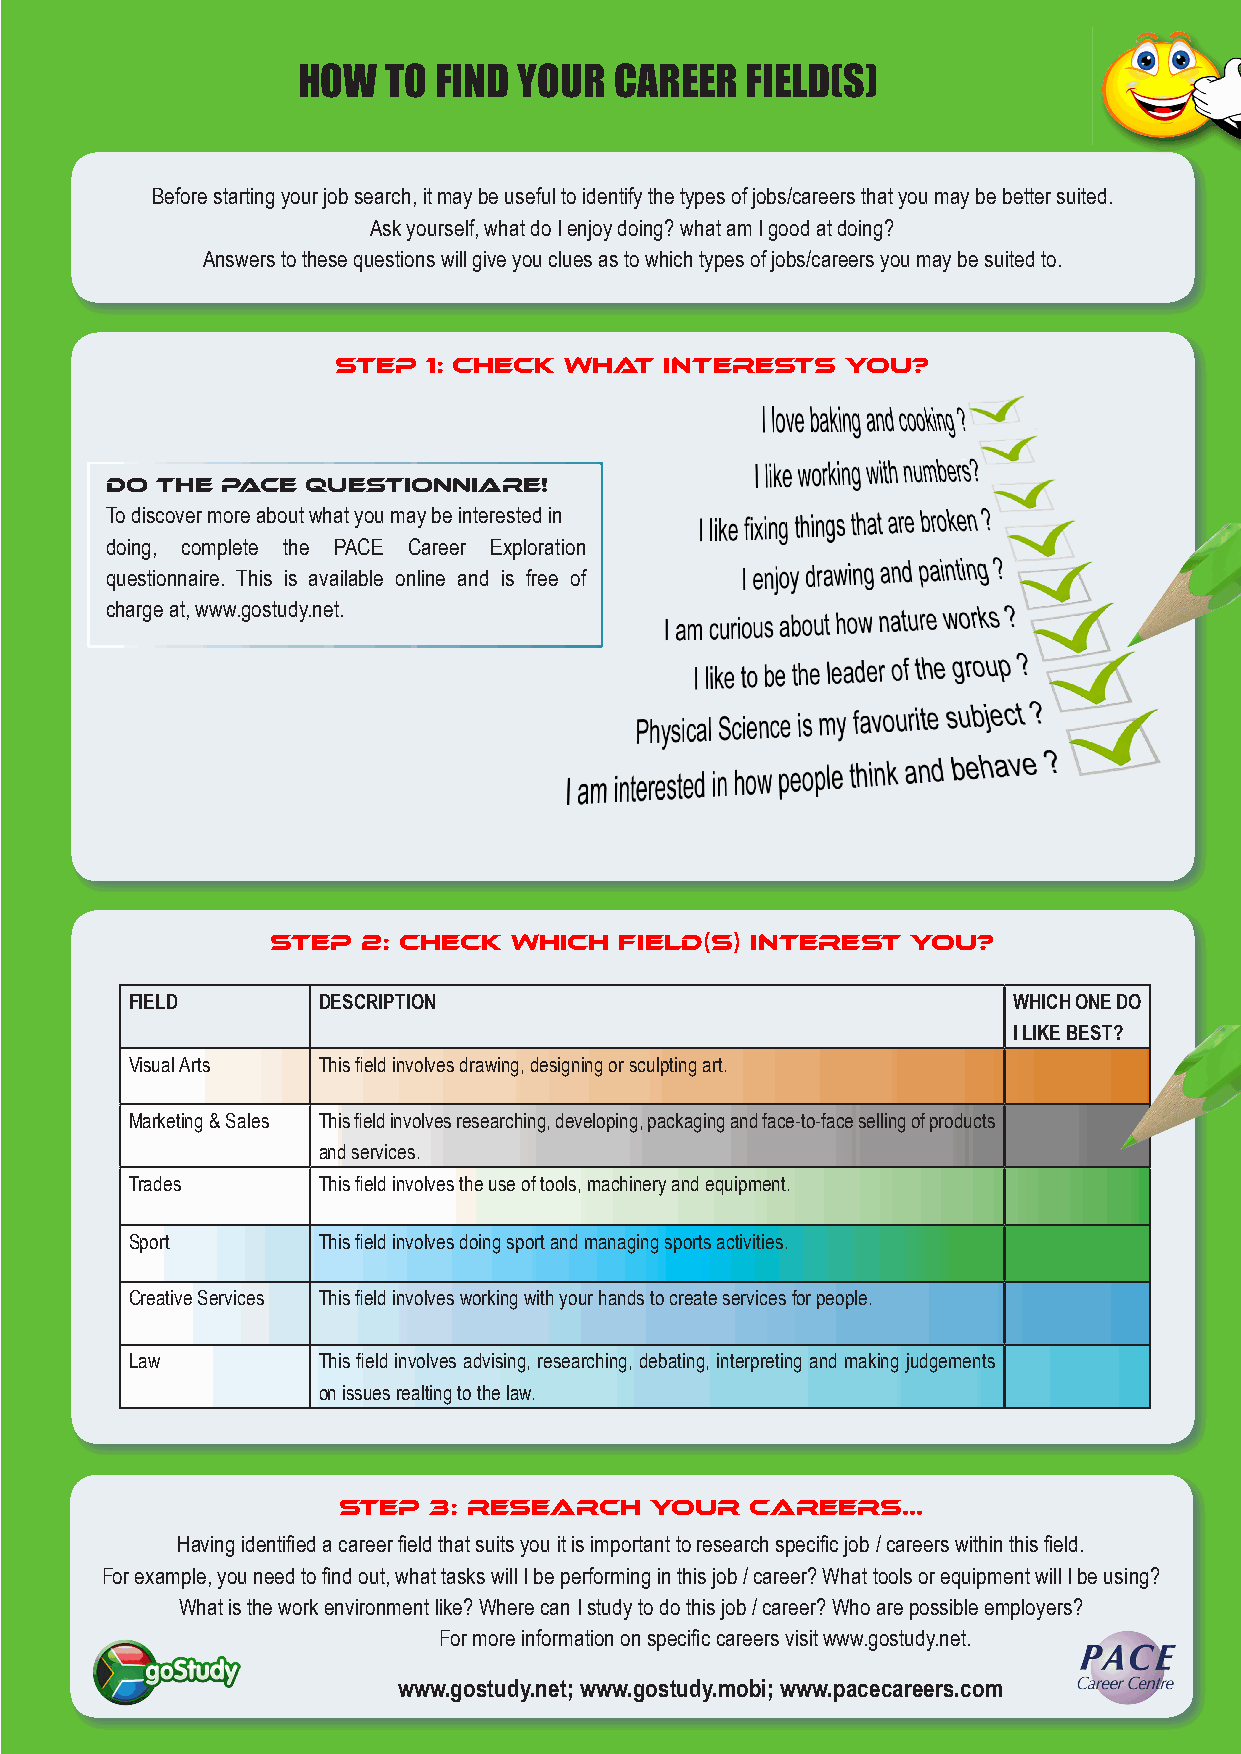
HOW   TO FIND YOUR   CAREER  FIELD(S)
 Before starting your job search, it may be useful to identify the types of jobs/careers that you may be better suited.
 Ask yourself, what do I enjoy doing? what am I good at doing?
 Answers to these questions will give you clues as to which types of jobs/careers you may be suited to.
 STEP  1: CHECK WHAT   INTERESTS   YOU?
 DO THE  PACE QUESTIONNIARE!
 To discover more about what you may be interested in
 doing, complete the PACE Career Exploration
 questionnaire. This is available online and is free of
 charge at, www.gostudy.net.
 STEP  2: Check  which  field(s) interest  you?
 FIELD       DESCRIPTION                                   WHICH ONE DO
 I LIKE BEST?
 Visual Arts This field involves drawing, designing or sculpting art.
 Marketing & Sales This field involves researching, developing, packaging and face-to-face selling of products
 and services.
 Trades      This field involves the use of tools, machinery and equipment.
 Sport       This field involves doing sport and managing sports activities.
 Creative Services This field involves working with your hands to create services for people.
 Law         This field involves advising, researching, debating, interpreting and making judgements
 on issues realting to the law.
 STEP  3: research    your   careers...
 Having identified a career field that suits you it is important to research specific job / careers within this field.
 For example, you need to find out, what tasks will I be performing in this job / career? What tools or equipment will I be using?
 What is the work environment like? Where can I study to do this job / career? Who are possible employers?
 For more information on specific careers visit www.gostudy.net.
 www.gostudy.net; www.gostudy.mobi; www.pacecareers.com
 SCISAB
 OT
 KCAB